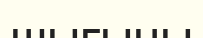
шыгыны